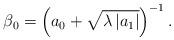
LaTeX: \begin{align*}\beta_{0}=\left(a_{0}+\sqrt{\lambda\left|a_{1}\right|}\right)^{-1}.\end{align*}